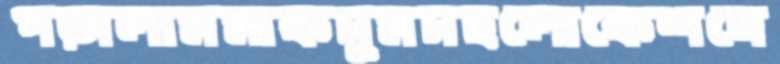
পড়ালামমাকসুমসহলোকেশনে